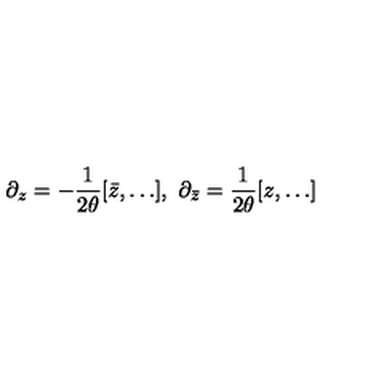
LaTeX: \partial _ { z } = - \frac { 1 } { 2 \theta } [ \bar { z } , \ldots ] , \ \partial _ { \bar { z } } = \frac { 1 } { 2 \theta } [ z , \ldots ]